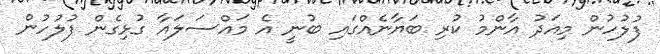
ފުލުހުން މިއަދު އާންމު ކުރި ބަޔާނެއްގައި ބުނީ އެ މައްސަލައާ ގުޅިގެން ފުލުހުން